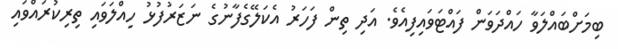
ބިމަށްބައްލަވާ ހައްދަވަން ފައްޓަވައިފިއެވެ. އަދި ތިން ފަހަރު އެކަލޭގެފާނުގެ ނަޒަރުފުޅު ހިއްލަވައި ތިރިކުރައްވައި